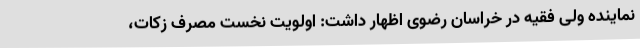
نماینده ولی فقیه در خراسان رضوی اظهار داشت: اولویت نخست مصرف زکات،